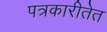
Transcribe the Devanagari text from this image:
पत्रकारीतेत